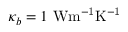
\kappa _ { b } = 1 ~ \mathrm { { W m ^ { - 1 } K ^ { - 1 } } }